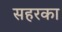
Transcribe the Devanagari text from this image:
सहरका